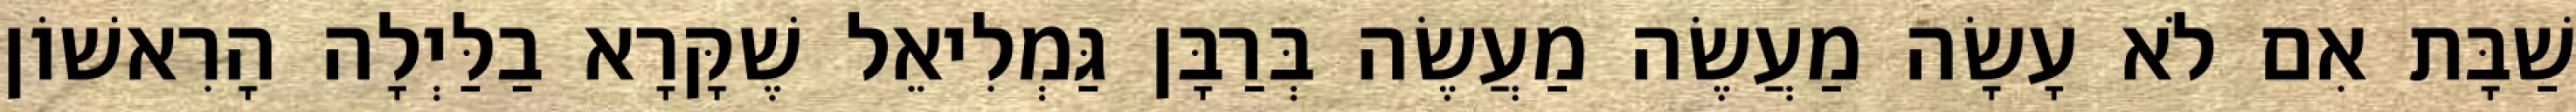
שַׁבָּת אִם לֹא עָשָׂה מַעֲשֶׂה מַעֲשֶׂה בְּרַבָּן גַּמְלִיאֵל שֶׁקָּרָא בַלַּיְלָה הָרִאשׁוֹן